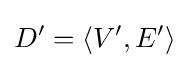
D^{\prime }=\langle V^{\prime },E^{\prime }\rangle